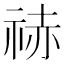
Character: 𥙼